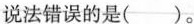
说法错误的是( )。